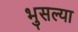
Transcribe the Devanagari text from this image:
भुसल्या